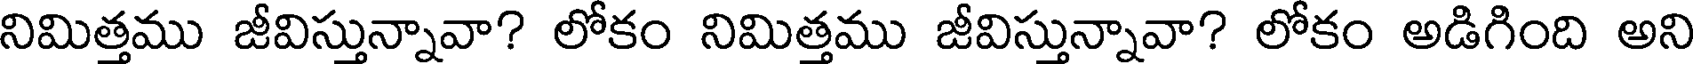
నిమిత్తము జీవిస్తున్నావా? లోకం నిమిత్తము జీవిస్తున్నావా? లోకం అడిగింది అని